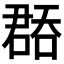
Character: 𭊝